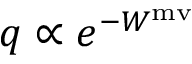
q \propto e ^ { - W ^ { \mathrm { m v } } }